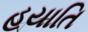
હયાતિ